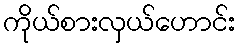
ကိုယ်စားလှယ်ဟောင်း